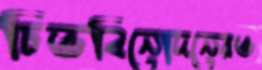
চিত্তবিনোদনেরও